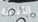
الأناقة